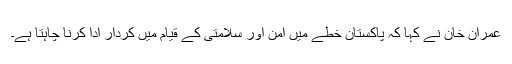
عمران خان نے کہا کہ پاکستان خطے میں امن اور سلامتی کے قیام میں کردار ادا کرنا چاہتا ہے۔